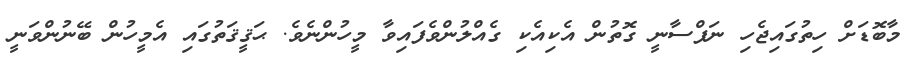
މާބޮޑަށް ހިތުގައިޖެހި ނަފްސާނީ ގޮތުން އެކިއެކި ގެއްލުންވެފައިވާ މީހުންނެވެ. ޙަޤީޤަތުގައި އެމީހުން ބޭނުންވަނީ